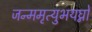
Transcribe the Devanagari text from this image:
जन्ममृत्युभयघ्नो